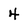
Character: 4